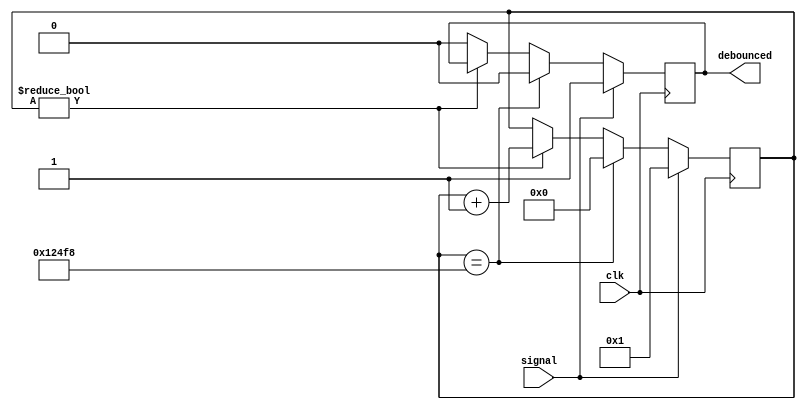
`timescale 1ns / 1ps
//////////////////////////////////////////////////////////////////////////////////
// Company: 
// Engineer: 
// 
// Design Name: 
// Module Name:    debouncer 
// Project Name: 
// Target Devices: 
// Tool versions: 
// Description: 
//
// Dependencies: 
//
// Revision: 
// Revision 0.01 - File Created
// Additional Comments: 
//
//////////////////////////////////////////////////////////////////////////////////
module debouncer(
    input clk,
    input signal,
    output reg debounced
    );

	reg [16:0] counter = 17'd0;

    always @(posedge clk) begin
        if (signal == 1) begin
            debounced <= 1;
            counter <= 17'd1;
        end
        else if (counter == 17'd75000) begin
            debounced <= 0;
            counter <= 17'd0;
        end
        else if (counter != 17'd0) begin
            counter <= counter + 1'b1;  
        end
        else
            debounced <= 0;
    end  

endmodule